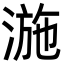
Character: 湤